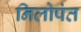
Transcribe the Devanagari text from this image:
निलोपंत